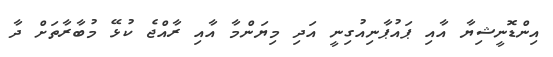
އިންޑޮނީޝިޔާ އާއި ޕައުޕާނިއުގިނީ އަދި މިޔަންމާ އާއި ރާއްޖެ ކުޅޭ މުބާރާތަށް ދާ